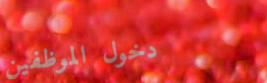
دخول الموظفين